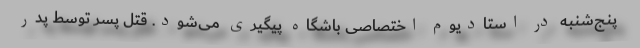
پنج‌شنبه در استادیوم اختصاصی باشگاه پیگیری می‌شود. قتل پسر توسط پدر